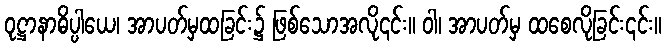
ဝုဋ္ဌာနာဓိပ္ပါယေ၊ အာပတ်မှထခြင်း၌ ဖြစ်သောအလို၎င်း။ ဝါ၊ အာပတ်မှ ထစေလိုခြင်း၎င်း။